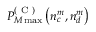
P _ { M \operatorname* { m a x } } ^ { ( \mathrm { ~ C ~ } ) } \left( n _ { c } ^ { m } , n _ { d } ^ { m } \right)